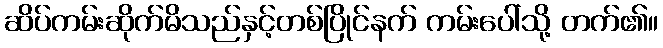
ဆိပ်ကမ်းဆိုက်မိသည်နှင့်တစ်ပြိုင်နက် ကမ်းပေါ်သို့ တက်၏။